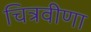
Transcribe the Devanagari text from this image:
चित्रवीणा